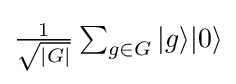
{\textstyle {\frac {1}{\sqrt {|G|}}}\sum _{g\in G}|g\rangle |0\rangle }